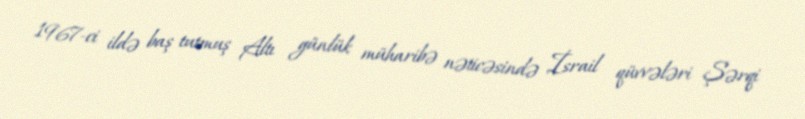
1967-ci ildə baş tutmuş Altı günlük müharibə nəticəsində İsrail qüvvələri Şərqi